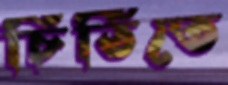
চিঠিতে